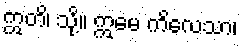
ဣတိ၊ သို့။ ဣမေ ကိလေသာ၊